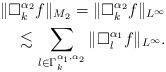
LaTeX: \begin{align*}\|\Box_k^{\alpha_2}f\|_{M_2} = \|\Box_k^{\alpha_2}f\|_{L^{\infty}} \\\lesssim \sum_{l\in\Gamma_k^{\alpha_1,\alpha_2}}\|\Box_l^{\alpha_1}f\|_{L^{\infty}}.\end{align*}